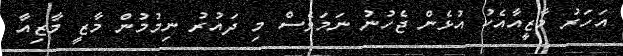
އަހަރު މާޒީއާއެކު އުޅެން ޖެހުނު ނަމަވެސް މި ދައުރު ނިމުމުން މާޒީ މާޒިއާ